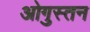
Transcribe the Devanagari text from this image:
ओगुस्तन